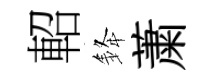
軺𨦟䔥